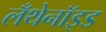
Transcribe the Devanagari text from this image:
लँथेनॉइड